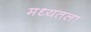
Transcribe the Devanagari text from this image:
मध्यतला